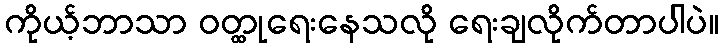
ကိုယ့်ဘာသာ ဝတ္ထုရေးနေသလို ရေးချလိုက်တာပါပဲ။